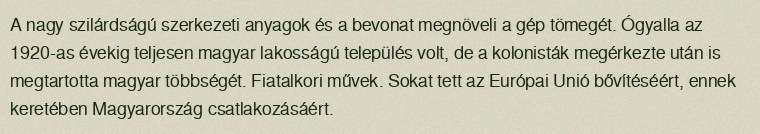
A nagy szilárdságú szerkezeti anyagok és a bevonat megnöveli a gép tömegét. Ógyalla az 1920-as évekig teljesen magyar lakosságú település volt, de a kolonisták megérkezte után is megtartotta magyar többségét. Fiatalkori művek. Sokat tett az Európai Unió bővítéséért, ennek keretében Magyarország csatlakozásáért.